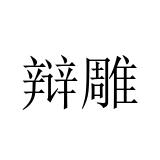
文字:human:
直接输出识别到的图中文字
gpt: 辩雕